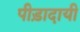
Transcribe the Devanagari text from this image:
पीड़ादायी